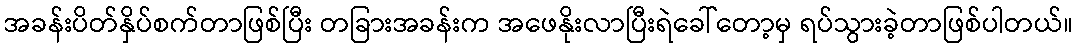
အခန်းပိတ်နှိပ်စက်တာဖြစ်ပြီး တခြားအခန်းက အဖေနိုးလာပြီးရဲခေါ်တော့မှ ရပ်သွားခဲ့တာဖြစ်ပါတယ်။